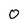
Character: 0